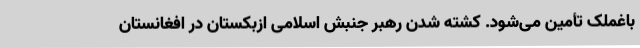
باغملک تأمین می‌شود. کشته شدن رهبر جنبش اسلامی ازبکستان در افغانستان